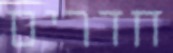
חדרים